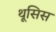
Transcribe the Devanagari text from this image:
थूसिस